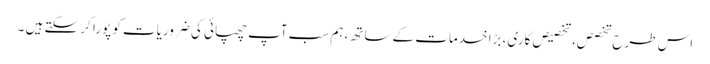
اس طرح تخصص، تخصیص کاری، بڑا خدمات کے ساتھ، ہم سب آپ چھپائی کی ضروریات کو پورا کر سکتے ہیں ۔